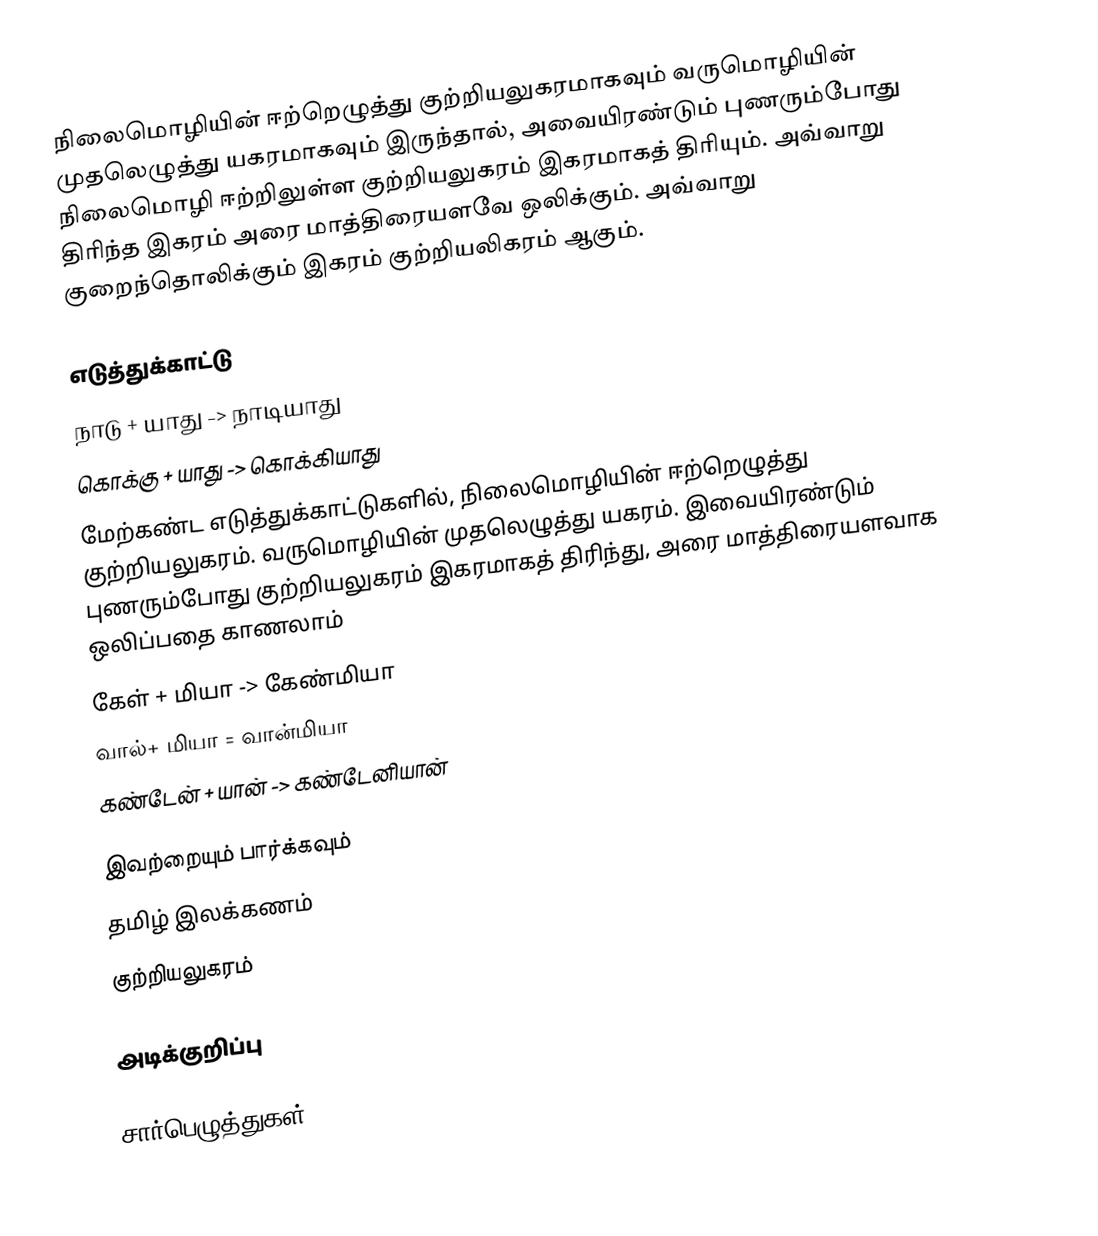
நிலைமொழியின் ஈற்றெழுத்து குற்றியலுகரமாகவும் வருமொழியின் முதலெழுத்து யகரமாகவும் இருந்தால், அவையிரண்டும் புணரும்போது நிலைமொழி ஈற்றிலுள்ள குற்றியலுகரம் இகரமாகத் திரியும். அவ்வாறு திரிந்த இகரம் அரை மாத்திரையளவே ஒலிக்கும். அவ்வாறு குறைந்தொலிக்கும் இகரம் குற்றியலிகரம் ஆகும்.

எடுத்துக்காட்டு
 நாடு + யாது    -> நாடியாது
 கொக்கு + யாது -> கொக்கியாது
மேற்கண்ட எடுத்துக்காட்டுகளில், நிலைமொழியின் ஈற்றெழுத்து குற்றியலுகரம். வருமொழியின் முதலெழுத்து யகரம். இவையிரண்டும் புணரும்போது குற்றியலுகரம் இகரமாகத் திரிந்து, அரை மாத்திரையளவாக ஒலிப்பதை காணலாம்
 கேள் + மியா -> கேண்மியா
வால்+ மியா  = வான்மியா
 கண்டேன் + யான் -> கண்டேனியான்

இவற்றையும் பார்க்கவும்
 தமிழ் இலக்கணம்
 குற்றியலுகரம்

அடிக்குறிப்பு

சார்பெழுத்துகள்